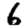
Digit: 6